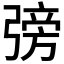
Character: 𢐊